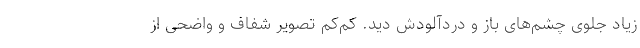
زیاد جلوی چشم‌های باز و دردآلودش دید. کم‌کم تصویر شفاف و واضحی از